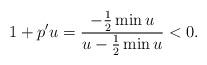
LaTeX: \begin{align*}1+p'u=\frac{-\frac{1}{2}\min u}{u-\frac{1}{2}\min u}<0.\end{align*}